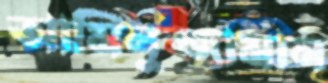
আমিনুজ্জামান